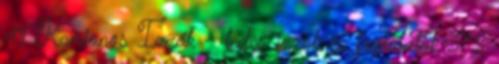
41 Kamionos Izzók - ledes izzók és foglalatok 372